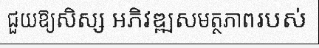
ជួយឱ្យសិស្ស អភិវឌ្ឍសមត្ថភាពរបស់